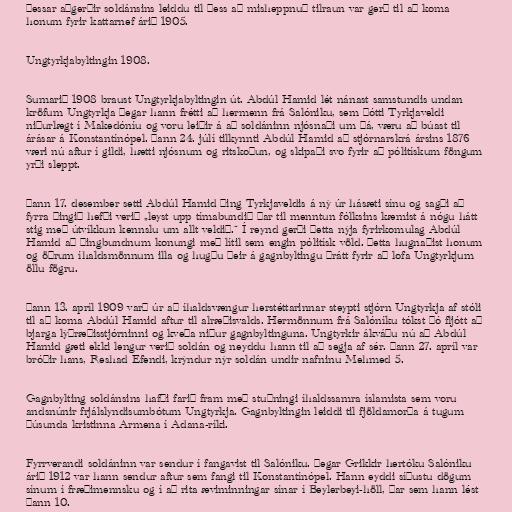
Þessar aðgerðir soldánsins leiddu til þess að misheppnuð tilraun var gerð til að koma
honum fyrir kattarnef árið 1905.

Ungtyrkjabyltingin 1908.

Sumarið 1908 braust Ungtyrkjabyltingin út. Abdúl Hamid lét nánast samstundis undan
kröfum Ungtyrkja þegar hann frétti að hermenn frá Salóniku, sem þótti Tyrkjaveldi
niðurlægt í Makedóníu og voru leiðir á að soldáninn njósnaði um þá, væru að búast til
árásar á Konstantínópel. Þann 24. júlí tilkynnti Abdúl Hamid að stjórnarskrá ársins 1876
væri nú aftur í gildi, hætti njósnum og ritskoðun, og skipaði svo fyrir að pólitískum föngum
yrði sleppt.

Þann 17. desember setti Abdúl Hamid þing Tyrkjaveldis á ný úr hásæti sínu og sagði að
fyrra þingið hefði verið „leyst upp tímabundið þar til menntun fólksins kæmist á nógu hátt
stig með útvíkkun kennslu um allt veldið.“ Í reynd gerði þetta nýja fyrirkomulag Abdúl
Hamid að þingbundnum konungi með lítil sem engin pólitísk völd. Þetta hugnaðist honum
og öðrum íhaldsmönnum illa og hugðu þeir á gagnbyltingu þrátt fyrir að lofa Ungtyrkjum
öllu fögru.

Þann 13. apríl 1909 varð úr að íhaldsvængur herstéttarinnar steypti stjórn Ungtyrkja af stóli
til að koma Abdúl Hamid aftur til alræðisvalds. Hermönnum frá Salóníku tókst þó fljótt að
bjarga lýðræðisstjórninni og kveða niður gagnbyltinguna. Ungtyrkir ákváðu nú að Abdúl
Hamid gæti ekki lengur verið soldán og neyddu hann til að segja af sér. Þann 27. apríl var
bróðir hans, Reshad Efendi, krýndur nýr soldán undir nafninu Mehmed 5.

Gagnbylting soldánsins hafði farið fram með stuðningi íhaldssamra íslamista sem voru
andsnúnir frjálslyndisumbótum Ungtyrkja. Gagnbyltingin leiddi til fjöldamorða á tugum
þúsunda kristinna Armena í Adana-ríki.

Fyrrverandi soldáninn var sendur í fangavist til Salóniku. Þegar Grikkir hertóku Salóniku
árið 1912 var hann sendur aftur sem fangi til Konstantínópel. Hann eyddi síðustu dögum
sínum í fræðimennsku og í að rita æviminningar sínar í Beylerbeyi-höll, þar sem hann lést
þann 10.